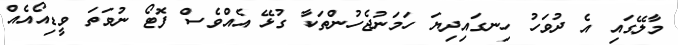
މާލޭގައި އެ ދުވަހު ހިނގައިދިޔަ ހަމަނުޖެހުންތަކާ ގުޅޭ އެއްވެސް ފޮޓޯ ނުވަތަ ވީޑިއޯއެއް